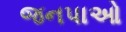
જનપાઓ